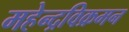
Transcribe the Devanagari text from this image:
महेन्द्रविक्रमन